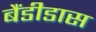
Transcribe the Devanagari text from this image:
बैंडीडास